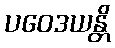
ပဝေဒယန္တိ